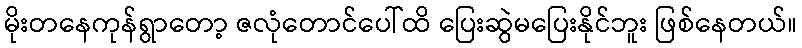
မိုးတနေကုန်ရွာတော့ ဇလုံတောင်ပေါ်ထိ ပြေးဆွဲမပြေးနိုင်ဘူး ဖြစ်နေတယ်။